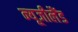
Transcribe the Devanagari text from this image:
न्‍यूजीलैंड